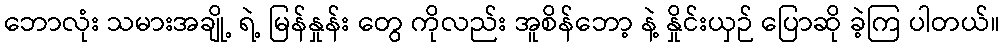
ဘောလုံး သမားအချို့ ရဲ့ မြန်နှုန်း တွေ ကိုလည်း အူစိန်ဘော့ နဲ့ နှိုင်းယှဉ် ပြောဆို ခဲ့ကြ ပါတယ်။